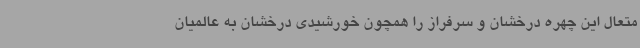
متعال این چهره درخشان و سرفراز را همچون خورشیدی درخشان به عالمیان